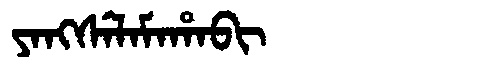
Manchu: ᠶᠠᠩᠰᡝᠯᠠᠮᠠᡥᠠᠪᡳ
Romanization: YANGSELAMAHABI